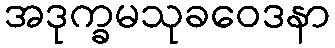
အဒုက္ခမသုခဝေဒနာ